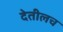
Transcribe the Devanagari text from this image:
देतीलच